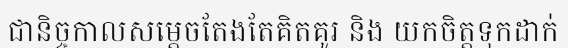
ជានិច្ចកាលសម្តេចតែងតែគិតគូរ និង យកចិត្តទុកដាក់